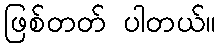
ဖြစ်တတ် ပါတယ်။